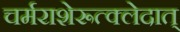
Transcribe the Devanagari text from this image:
चर्मराशेरूत्क्लेदात्